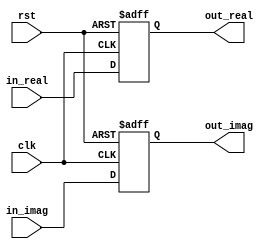
`timescale 1ns / 1ps

module dff_in( 
                clk,
                rst,
                in_real,
                in_imag,
                out_real,
                out_imag
               );
    input clk;
    input rst;
    input signed [11:0] in_real; // 12 bits input
    input signed [11:0] in_imag;
    output signed [11:0] out_real; // 12 bits output
    output signed [11:0] out_imag;
    
    reg signed [11:0] out_real;
    reg signed [11:0] out_imag;
    
    always@(posedge clk or posedge rst) begin
        if (rst == 1) begin
            out_real <= 12'd0;
            out_imag <= 12'd0;
        end else begin
            out_real <= in_real;
            out_imag <= in_imag;
        end
    end
endmodule